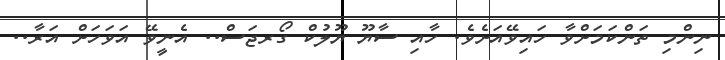
ނިންމި ތަންކަމަށްވާ ހައިވޭއަށެވެ. ހާއި ސާޔޫ ޔޫލުކް ގޯރޖަސް.. އެނީވޭ އަވަހަށް އަރާ..